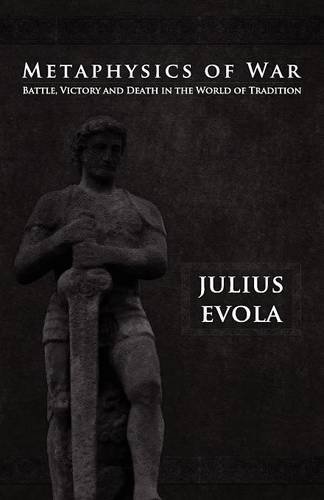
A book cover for Metaphysics of War; Julius Evola; Religion & Spirituality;